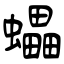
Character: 蠝